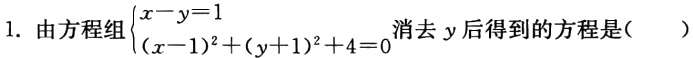
1. 由方程组$\begin{cases}x - y = 1\\(x - 1)^2 + (y + 1)^2+4 = 0\end{cases}$消去$y$后得到的方程是(  )